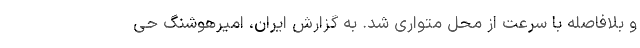
و بلافاصله با سرعت از محل متواری شد. به گزارش ایران، امیرهوشنگ حی